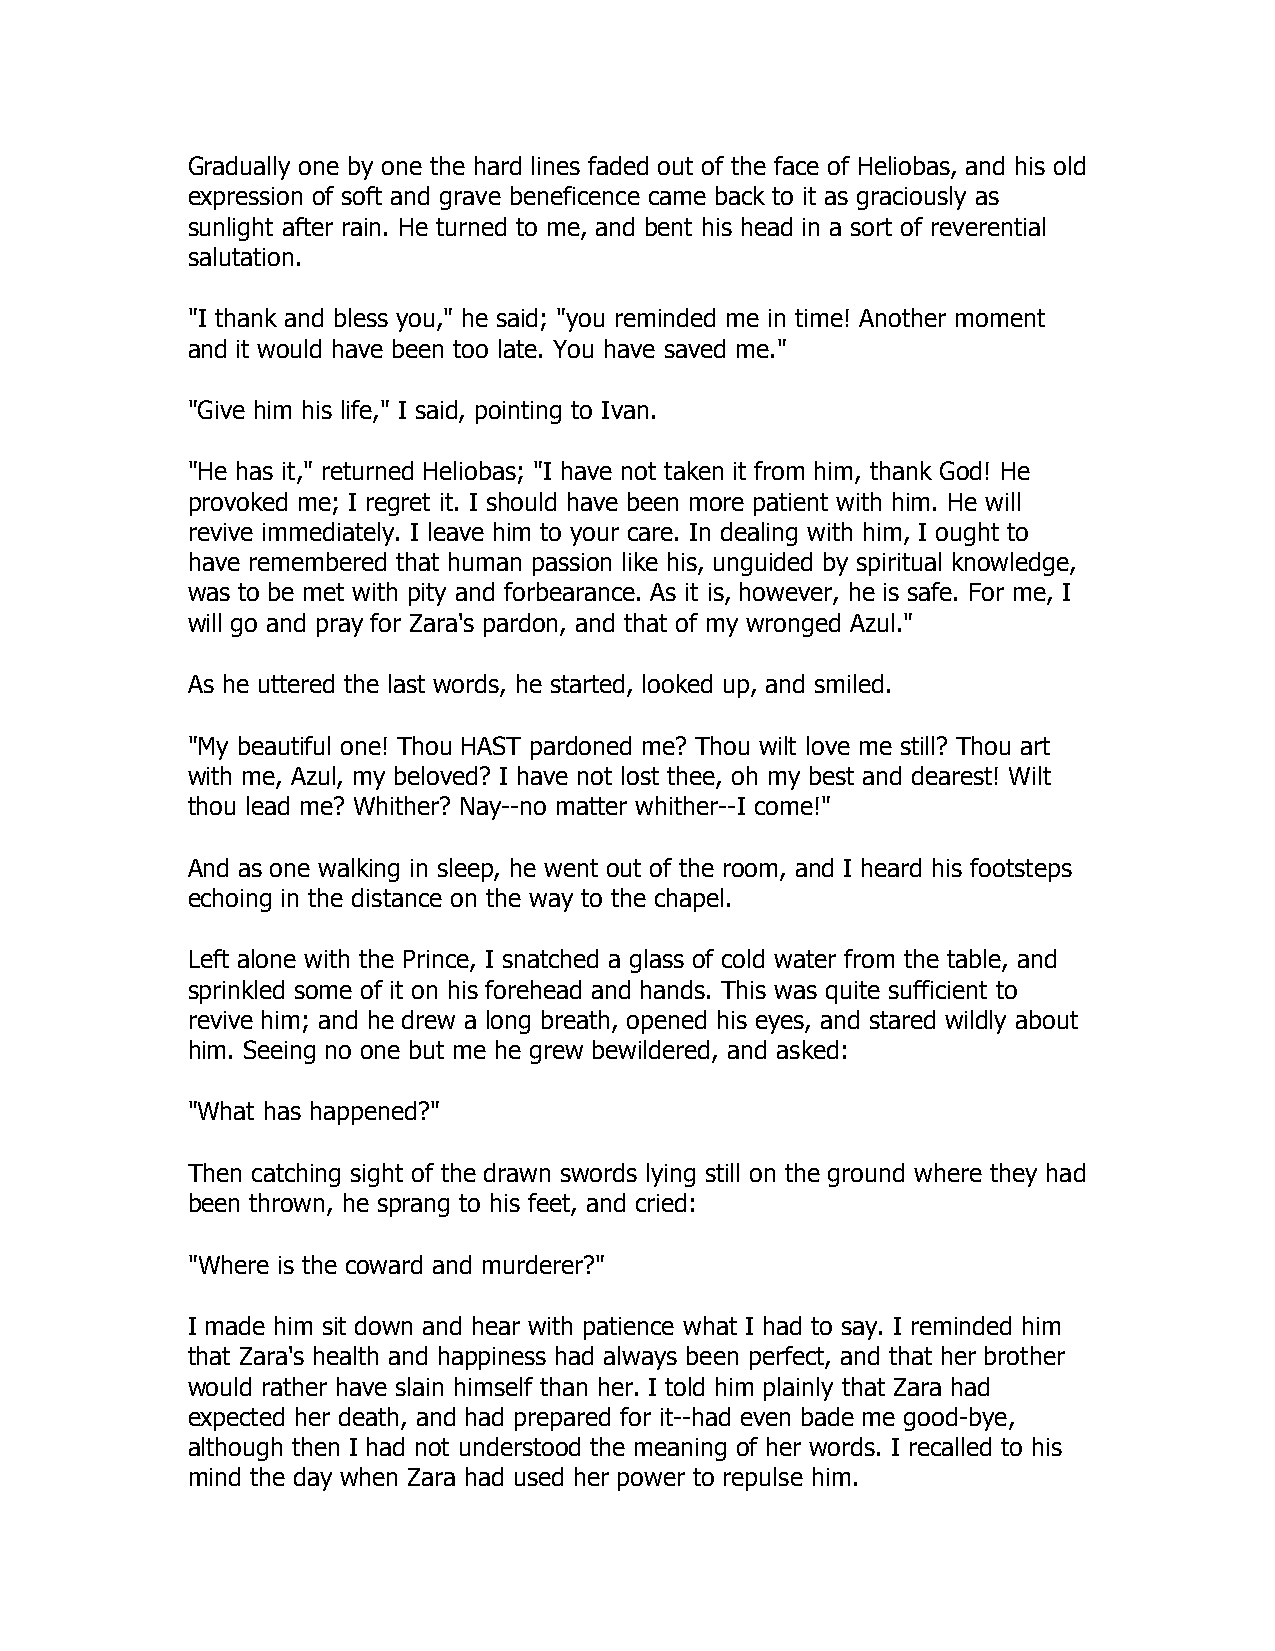
Gradually one by one the hard lines faded out of the face of Heliobas, and his old
 expression of soft and grave beneficence came back to it as graciously as
 sunlight after rain. He turned to me, and bent his head in a sort of reverential
 salutation.
 "I thank and bless you," he said; "you reminded me in time! Another moment
 and it would have been too late. You have saved me."
 "Give him his life," I said, pointing to Ivan.
 "He has it," returned Heliobas; "I have not taken it from him, thank God! He
 provoked me; I regret it. I should have been more patient with him. He will
 revive immediately. I leave him to your care. In dealing with him, I ought to
 have remembered that human passion like his, unguided by spiritual knowledge,
 was to be met with pity and forbearance. As it is, however, he is safe. For me, I
 will go and pray for Zara's pardon, and that of my wronged Azul."
 As he uttered the last words, he started, looked up, and smiled.
 "My beautiful one! Thou HAST pardoned me? Thou wilt love me still? Thou art
 with me, Azul, my beloved? I have not lost thee, oh my best and dearest! Wilt
 thou lead me? Whither? Nay--no matter whither--I come!"
 And as one walking in sleep, he went out of the room, and I heard his footsteps
 echoing in the distance on the way to the chapel.
 Left alone with the Prince, I snatched a glass of cold water from the table, and
 sprinkled some of it on his forehead and hands. This was quite sufficient to
 revive him; and he drew a long breath, opened his eyes, and stared wildly about
 him. Seeing no one but me he grew bewildered, and asked:
 "What has happened?"
 Then catching sight of the drawn swords lying still on the ground where they had
 been thrown, he sprang to his feet, and cried:
 "Where is the coward and murderer?"
 I made him sit down and hear with patience what I had to say. I reminded him
 that Zara's health and happiness had always been perfect, and that her brother
 would rather have slain himself than her. I told him plainly that Zara had
 expected her death, and had prepared for it--had even bade me good-bye,
 although then I had not understood the meaning of her words. I recalled to his
 mind the day when Zara had used her power to repulse him.